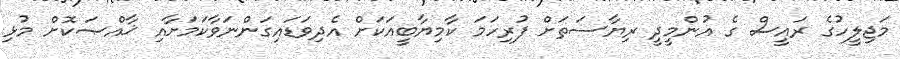
މަޖިލީހުގެ ރައީސް ގެ އުންމީދީ ރިޔާސަތަށް ފުރިހަމަ ކާމިޔާބީއަކަށް އެދިވަޑައިގަންނަވާކަމަށާއި ޚާއްޞަކޮށް މުޅި